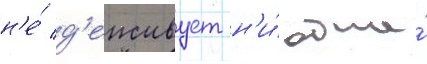
н'е́ д'еиствует н'и́ одна́